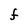
Character: F